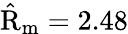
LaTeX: \mathrm{\hat{R}}_{\mathrm{m}}=2.48